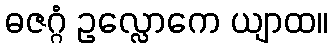
ဓဇဂ္ဂံ ဥလ္လောကေ ယျာထ။